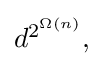
{\textstyle d^{2^{\Omega (n)}},}